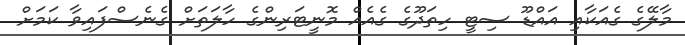
މާލޭގެ ގެއަކާއި އައްޑޫ ސިޓީ ހިތަދޫގެ ގެއެއް މޮނީޓަރިންގެ ހާލަތަށް ގެނެސްފައިވާ ކަމަށް